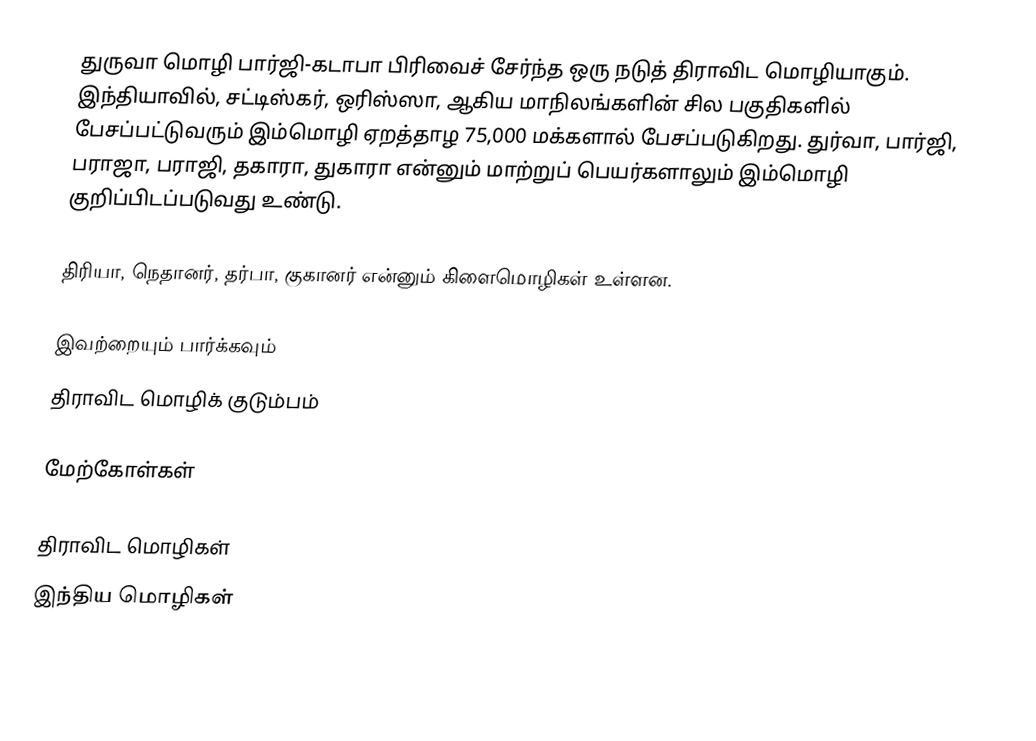
துருவா மொழி பார்ஜி-கடாபா பிரிவைச் சேர்ந்த ஒரு நடுத் திராவிட மொழியாகும். இந்தியாவில், சட்டிஸ்கர், ஒரிஸ்ஸா, ஆகிய மாநிலங்களின் சில பகுதிகளில் பேசப்பட்டுவரும் இம்மொழி ஏறத்தாழ 75,000 மக்களால் பேசப்படுகிறது. துர்வா, பார்ஜி, பராஜா, பராஜி, தகாரா, துகாரா என்னும் மாற்றுப் பெயர்களாலும் இம்மொழி குறிப்பிடப்படுவது உண்டு.

திரியா, நெதானர், தர்பா, குகானர் என்னும் கிளைமொழிகள் உள்ளன.

இவற்றையும் பார்க்கவும்
 திராவிட மொழிக் குடும்பம்

மேற்கோள்கள்

திராவிட மொழிகள்
இந்திய மொழிகள்